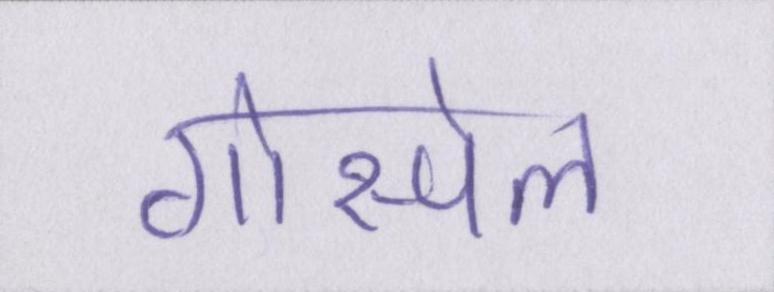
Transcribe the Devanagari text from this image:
गोस्पेल